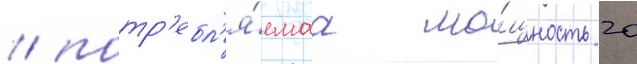
/ потр'ебл'я́емаа мо́щность 20